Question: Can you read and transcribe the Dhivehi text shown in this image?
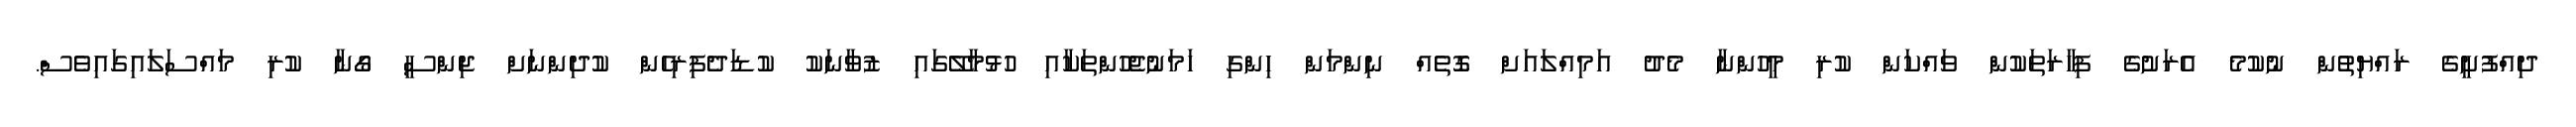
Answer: ދިއްފުށީގެ ރައްޔިތުން ނުކުމެ އެރަށުގެ ފިހާރަތަކުން ވައްކަން ކުރި މީހުންނާ މެދު އަމިއްލައަށް ގޮތެއް ނިންމަން ހިންގި ހަމަނުޖެހުންތަކާއި ހުޅުމާލޭގައި ޒުވާނަކު ކުޑަދެފިރިހެން ކުދިންނަށް ޖިންސީ ގޯނާ ކުރި މައްސަލައިގައިވެސް.